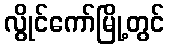
လွိုင်ကော်မြို့တွင်